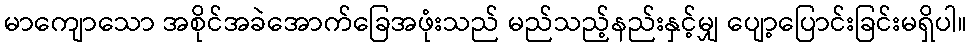
မာကျောသော အစိုင်အခဲအောက်ခြေအဖုံးသည် မည်သည့်နည်းနှင့်မျှ ပျော့ပြောင်းခြင်းမရှိပါ။